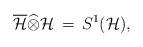
LaTeX: \begin{align*}\overline{\mathcal H}\widehat{\otimes} \mathcal H\, =\, S^1(\mathcal H),\end{align*}